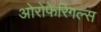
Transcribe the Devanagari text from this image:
ओरोफेरिगल्स